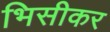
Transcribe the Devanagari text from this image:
भिसीकर